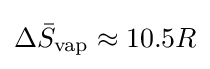
\Delta {\bar {S}}_{\text{vap}}\approx 10.5R